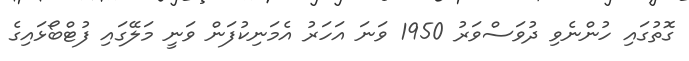
ގޮތުގައި ހުންނެވި ދުވަސްވަރު 1950 ވަނަ އަހަރު އެމަނިކުފަން ވަނީ މަލޭގައި ފުޓްބޯޅައިގެ